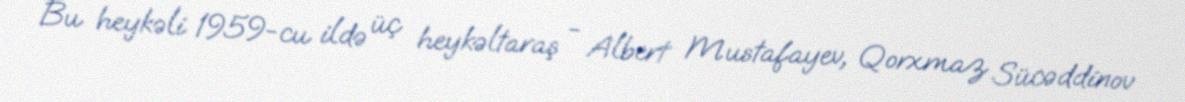
Bu heykəli 1959-cu ildə üç heykəltaraş - Albert Mustafayev, Qorxmaz Sücəddinov